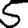
Digit: 5